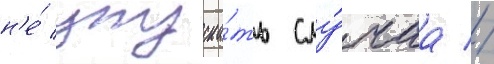
н'е́ упуска́ть слу́чаа //